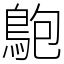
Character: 䳈